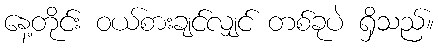
နေ့တိုင်း ဝယ်စားချင်လျှင် တစ်ခုပဲ ရှိသည်။